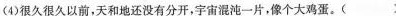
(4)很久很久以前，天和地还没有分开，宇宙混沌一片，像个大鸡蛋。()